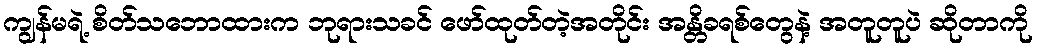
ကျွန်မရဲ့ စိတ်သဘောထားက ဘုရားသခင် ဖော်ထုတ်တဲ့အတိုင်း အန္တိခရစ်တွေနဲ့ အတူတူပဲ ဆိုတာကို